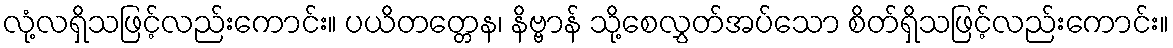
လုံ့လရှိသဖြင့်လည်းကောင်း။ ပယိတတ္တေန၊ နိဗ္ဗာန် သို့စေလွှတ်အပ်သော စိတ်ရှိသဖြင့်လည်းကောင်း။